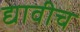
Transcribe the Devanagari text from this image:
द्यावीच